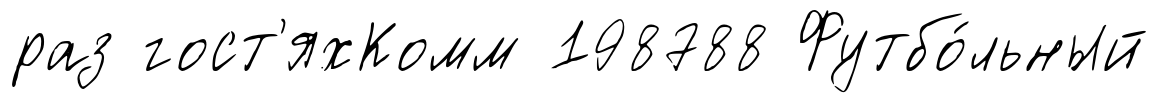
раз гост'яхКомм 198788 Футбо́льный